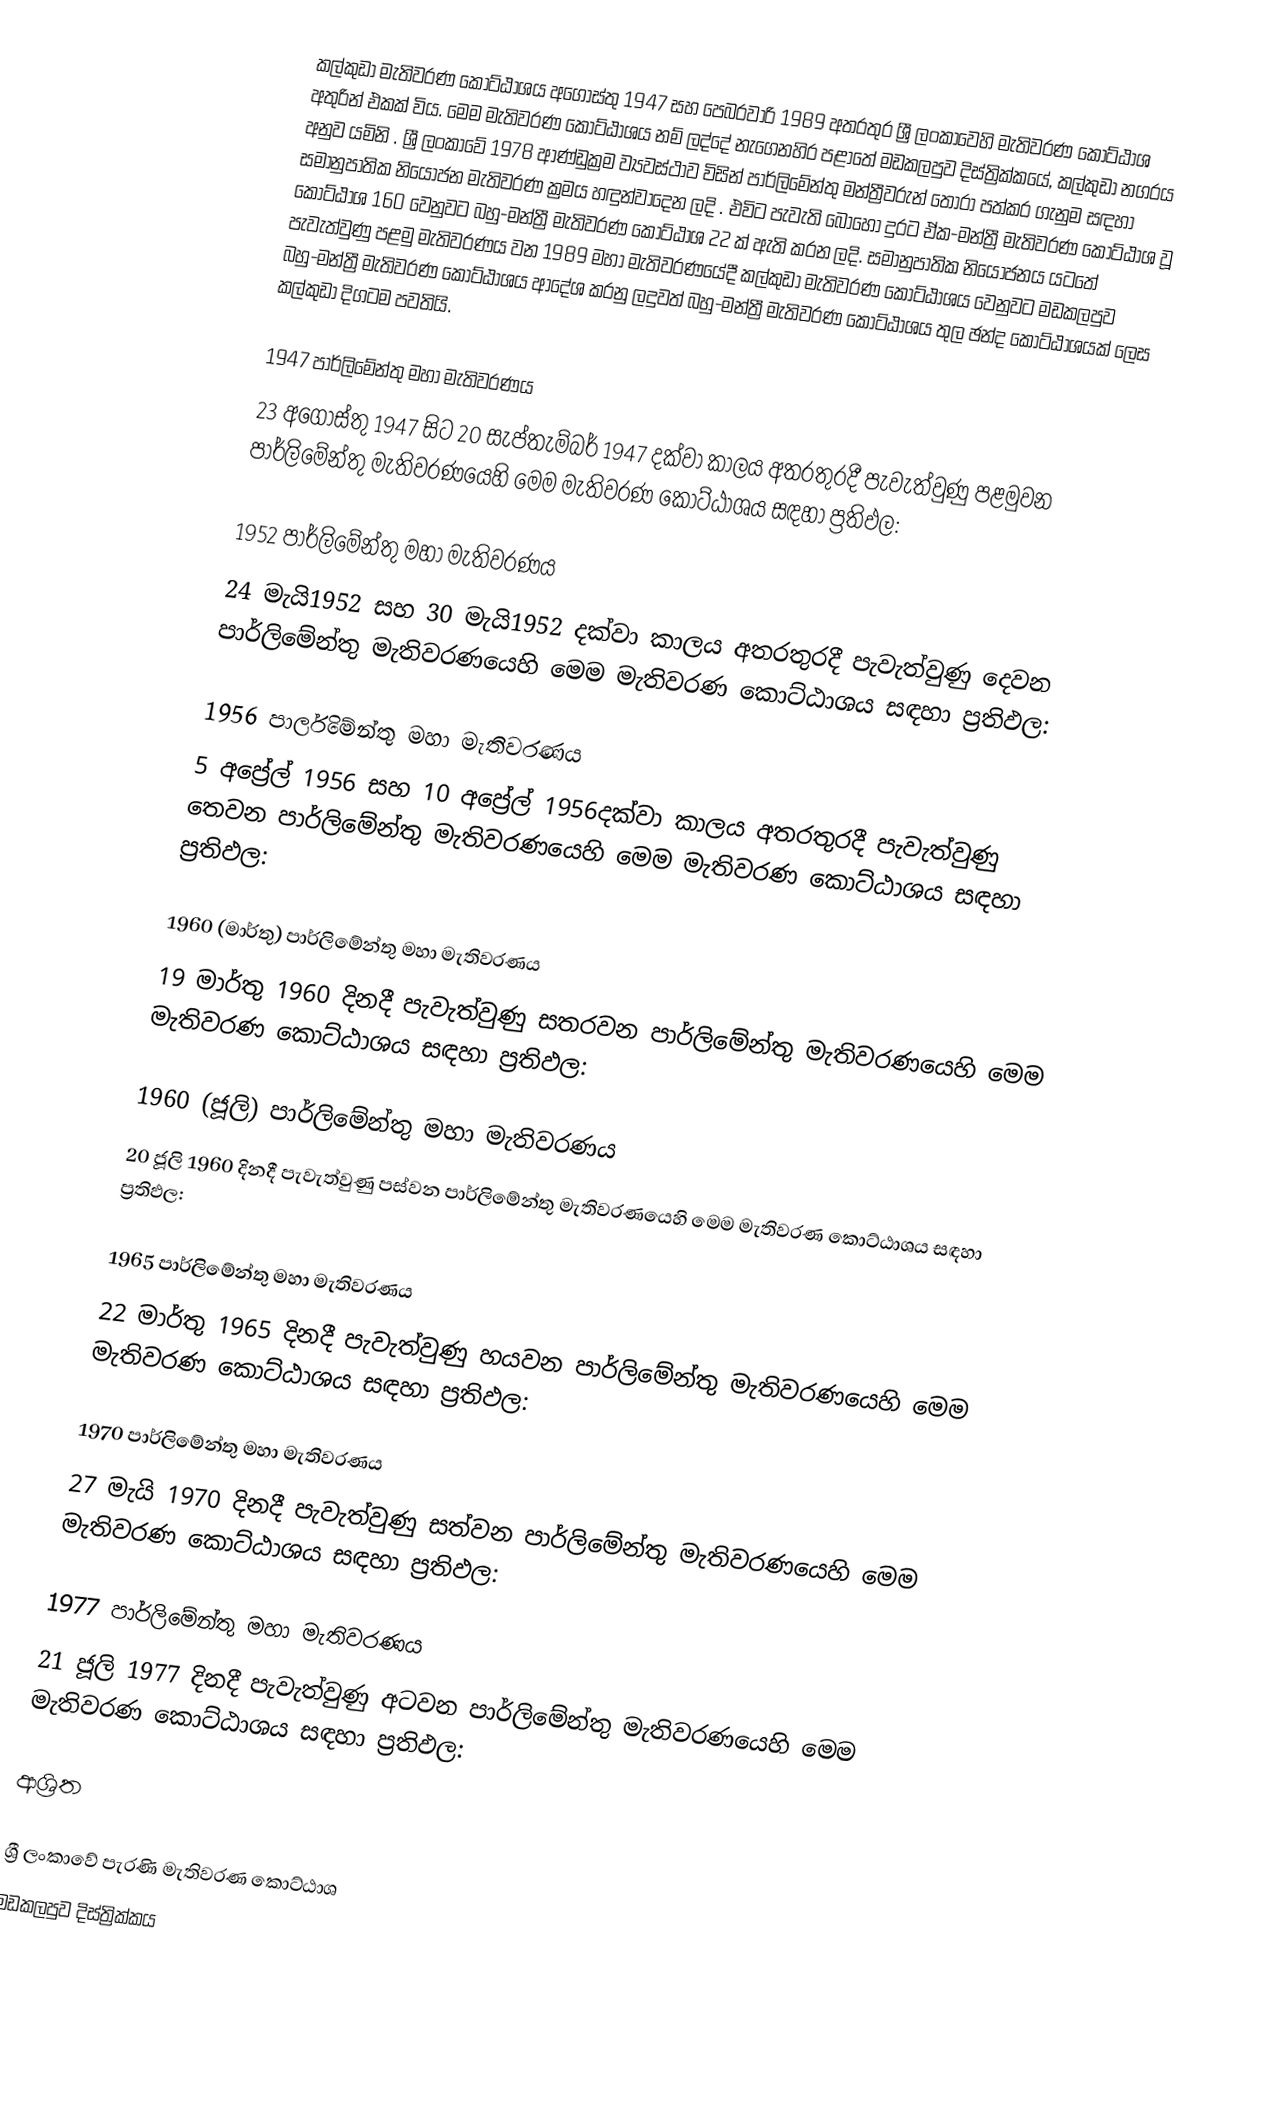
කල්කුඩා මැතිවරණ කොට්ඨාශය  අගෝස්තු 1947 සහ පෙබරවාරි 1989 අතරතුර  ශ්‍රී ලංකාවෙහි  මැතිවරණ කොට්ඨාශ අතුරින් එකක් විය. මෙම මැතිවරණ කොට්ඨාශය නම් ලද්දේ  නැගෙනහිර පළාතේ  මඩකලපුව දිස්ත්‍රික්කයේ,  කල්කුඩා නගරය අනුව යමිනි . ශ්‍රී ලංකාවේ 1978 ආණ්ඩුක්‍රම ව්‍යවස්ථාව විසින්   පාර්ලිමේන්තු මන්ත්‍රීවරුන් තෝරා පත්කර ගැනුම සඳහා සමානුපාතික නියෝජන මැතිවරණ ක්‍රමය හඳුන්වාදෙන ලදි . එවිට පැවැති බොහෝ දුරට  ඒක-මන්ත්‍රී මැතිවරණ කොට්ඨාශ වූ කොට්ඨාශ 160 වෙනුවට බහු-මන්ත්‍රී මැතිවරණ කොට්ඨාශ 22 ක් ඇති කරන ලදි. සමානුපාතික නියෝජනය යටතේ  පැවැත්වුණු පළමු මැතිවරණය වන 1989 මහා මැතිවරණයේදී  කල්කුඩා මැතිවරණ කොට්ඨාශය වෙනුවට  මඩකලපුව බහු-මන්ත්‍රී මැතිවරණ කොට්ඨාශය  ආදේශ කරනු ලදුවත් බහු-මන්ත්‍රී මැතිවරණ කොට්ඨාශය තුල ඡන්ද කොට්ඨාශයක් ලෙස කල්කුඩා දිගටම පවතියි.

1947 පාර්ලිමේන්තු මහා මැතිවරණය
23 අගෝස්තු 1947 සිට 20 සැප්තැම්බර් 1947 දක්වා කාලය අතරතුරදී  පැවැත්වුණු  පළමුවන පාර්ලිමේන්තු මැතිවරණයෙහි මෙම මැතිවරණ කොට්ඨාශය සඳහා ප්‍රතිඵල:

1952 පාර්ලිමේන්තු මහා මැතිවරණය
24 මැයි1952 සහ 30 මැයි1952 දක්වා කාලය අතරතුරදී  පැවැත්වුණු  දෙවන පාර්ලිමේන්තු මැතිවරණයෙහි මෙම මැතිවරණ කොට්ඨාශය සඳහා ප්‍රතිඵල:

1956 පාර්ලිමේන්තු මහා මැතිවරණය
5 අප්‍රේල් 1956 සහ 10 අප්‍රේල් 1956දක්වා කාලය අතරතුරදී  පැවැත්වුණු  තෙවන පාර්ලිමේන්තු මැතිවරණයෙහි මෙම මැතිවරණ කොට්ඨාශය සඳහා ප්‍රතිඵල:

1960 (මාර්තු) පාර්ලිමේන්තු මහා මැතිවරණය
19 මාර්තු 1960 දිනදී  පැවැත්වුණු  සතරවන පාර්ලිමේන්තු මැතිවරණයෙහි මෙම මැතිවරණ කොට්ඨාශය සඳහා ප්‍රතිඵල:

1960 (ජූලි) පාර්ලිමේන්තු මහා මැතිවරණය
20 ජූලි 1960 දිනදී  පැවැත්වුණු  පස්වන පාර්ලිමේන්තු මැතිවරණයෙහි මෙම මැතිවරණ කොට්ඨාශය සඳහා ප්‍රතිඵල:

1965 පාර්ලිමේන්තු මහා මැතිවරණය
22 මාර්තු 1965  දිනදී  පැවැත්වුණු  හයවන පාර්ලිමේන්තු මැතිවරණයෙහි මෙම මැතිවරණ කොට්ඨාශය සඳහා ප්‍රතිඵල:

1970 පාර්ලිමේන්තු මහා මැතිවරණය
27 මැයි 1970 දිනදී  පැවැත්වුණු  සත්වන පාර්ලිමේන්තු මැතිවරණයෙහි මෙම මැතිවරණ කොට්ඨාශය සඳහා ප්‍රතිඵල:

1977 පාර්ලිමේන්තු මහා මැතිවරණය
21 ජූලි 1977 දිනදී  පැවැත්වුණු  අටවන පාර්ලිමේන්තු මැතිවරණයෙහි මෙම මැතිවරණ කොට්ඨාශය සඳහා ප්‍රතිඵල:

ආශ්‍රිත

ශ්‍රී ලංකාවේ පැරණි මැතිවරණ කොට්ඨාශ
මඩකලපුව දිස්ත්‍රික්කය